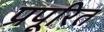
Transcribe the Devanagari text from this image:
प्रपूरित